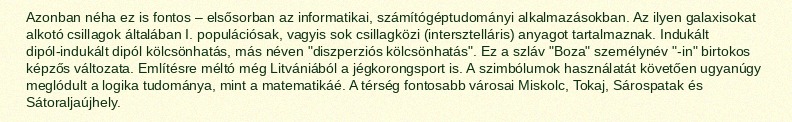
Azonban néha ez is fontos – elsősorban az informatikai, számítógéptudományi alkalmazásokban. Az ilyen galaxisokat alkotó csillagok általában I. populációsak, vagyis sok csillagközi (intersztelláris) anyagot tartalmaznak. Indukált dipól-indukált dipól kölcsönhatás, más néven "diszperziós kölcsönhatás". Ez a szláv "Boza" személynév "-in" birtokos képzős változata. Említésre méltó még Litvániából a jégkorongsport is. A szimbólumok használatát követően ugyanúgy meglódult a logika tudománya, mint a matematikáé. A térség fontosabb városai Miskolc, Tokaj, Sárospatak és Sátoraljaújhely.